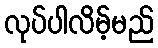
လုပ်ပါလိမ့်မည်